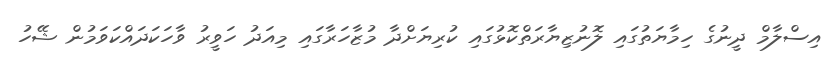
އިސްލާމް ދީނުގެ ހިމާޔަތުގައި ލޮނުޒިޔާރަތްކޮޅުގައި ކުރިޔަށްދާ މުޒާހަރާގައި މިއަދު ހަވީރު ވާހަކަދައްކަވަމުން ޝޭހު